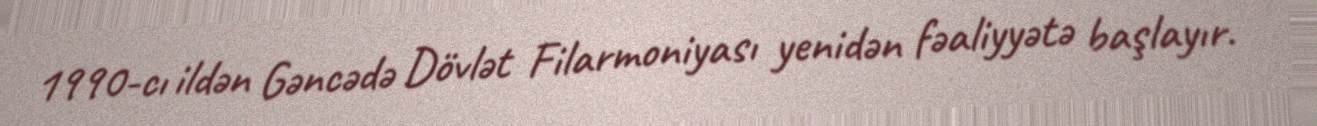
1990-cı ildən Gəncədə Dövlət Filarmoniyası yenidən fəaliyyətə başlayır.